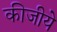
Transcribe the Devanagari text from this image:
कीजीये